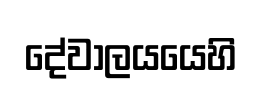
දේවාලයයෙහි